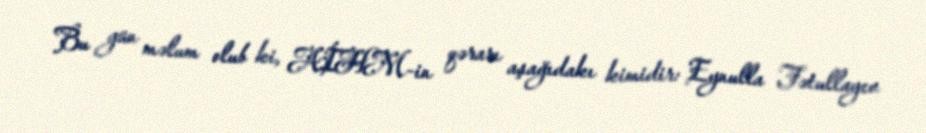
Bu gün məlum olub ki, AİHM-in qərarı aşağıdakı kimidir: Eynulla Fətullayev